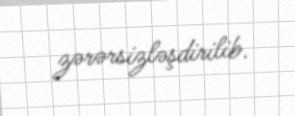
zərərsizləşdirilib.